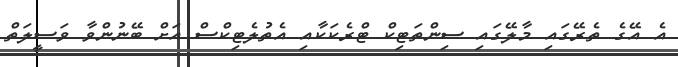
އެ އޭގެ ތެރޭގައި މާލޭގައި ސިންތަޓިކް ޓްރެކަކާއި އެތުލެޓިކްސް އަށް ބޭނުންވާ ވަސީލަތް